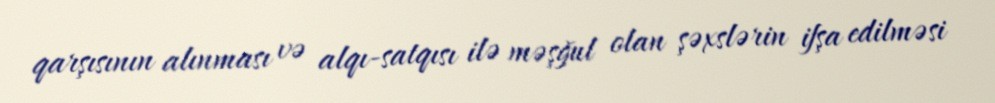
qarşısının alınması və alqı-satqısı ilə məşğul olan şəxslərin ifşa edilməsi